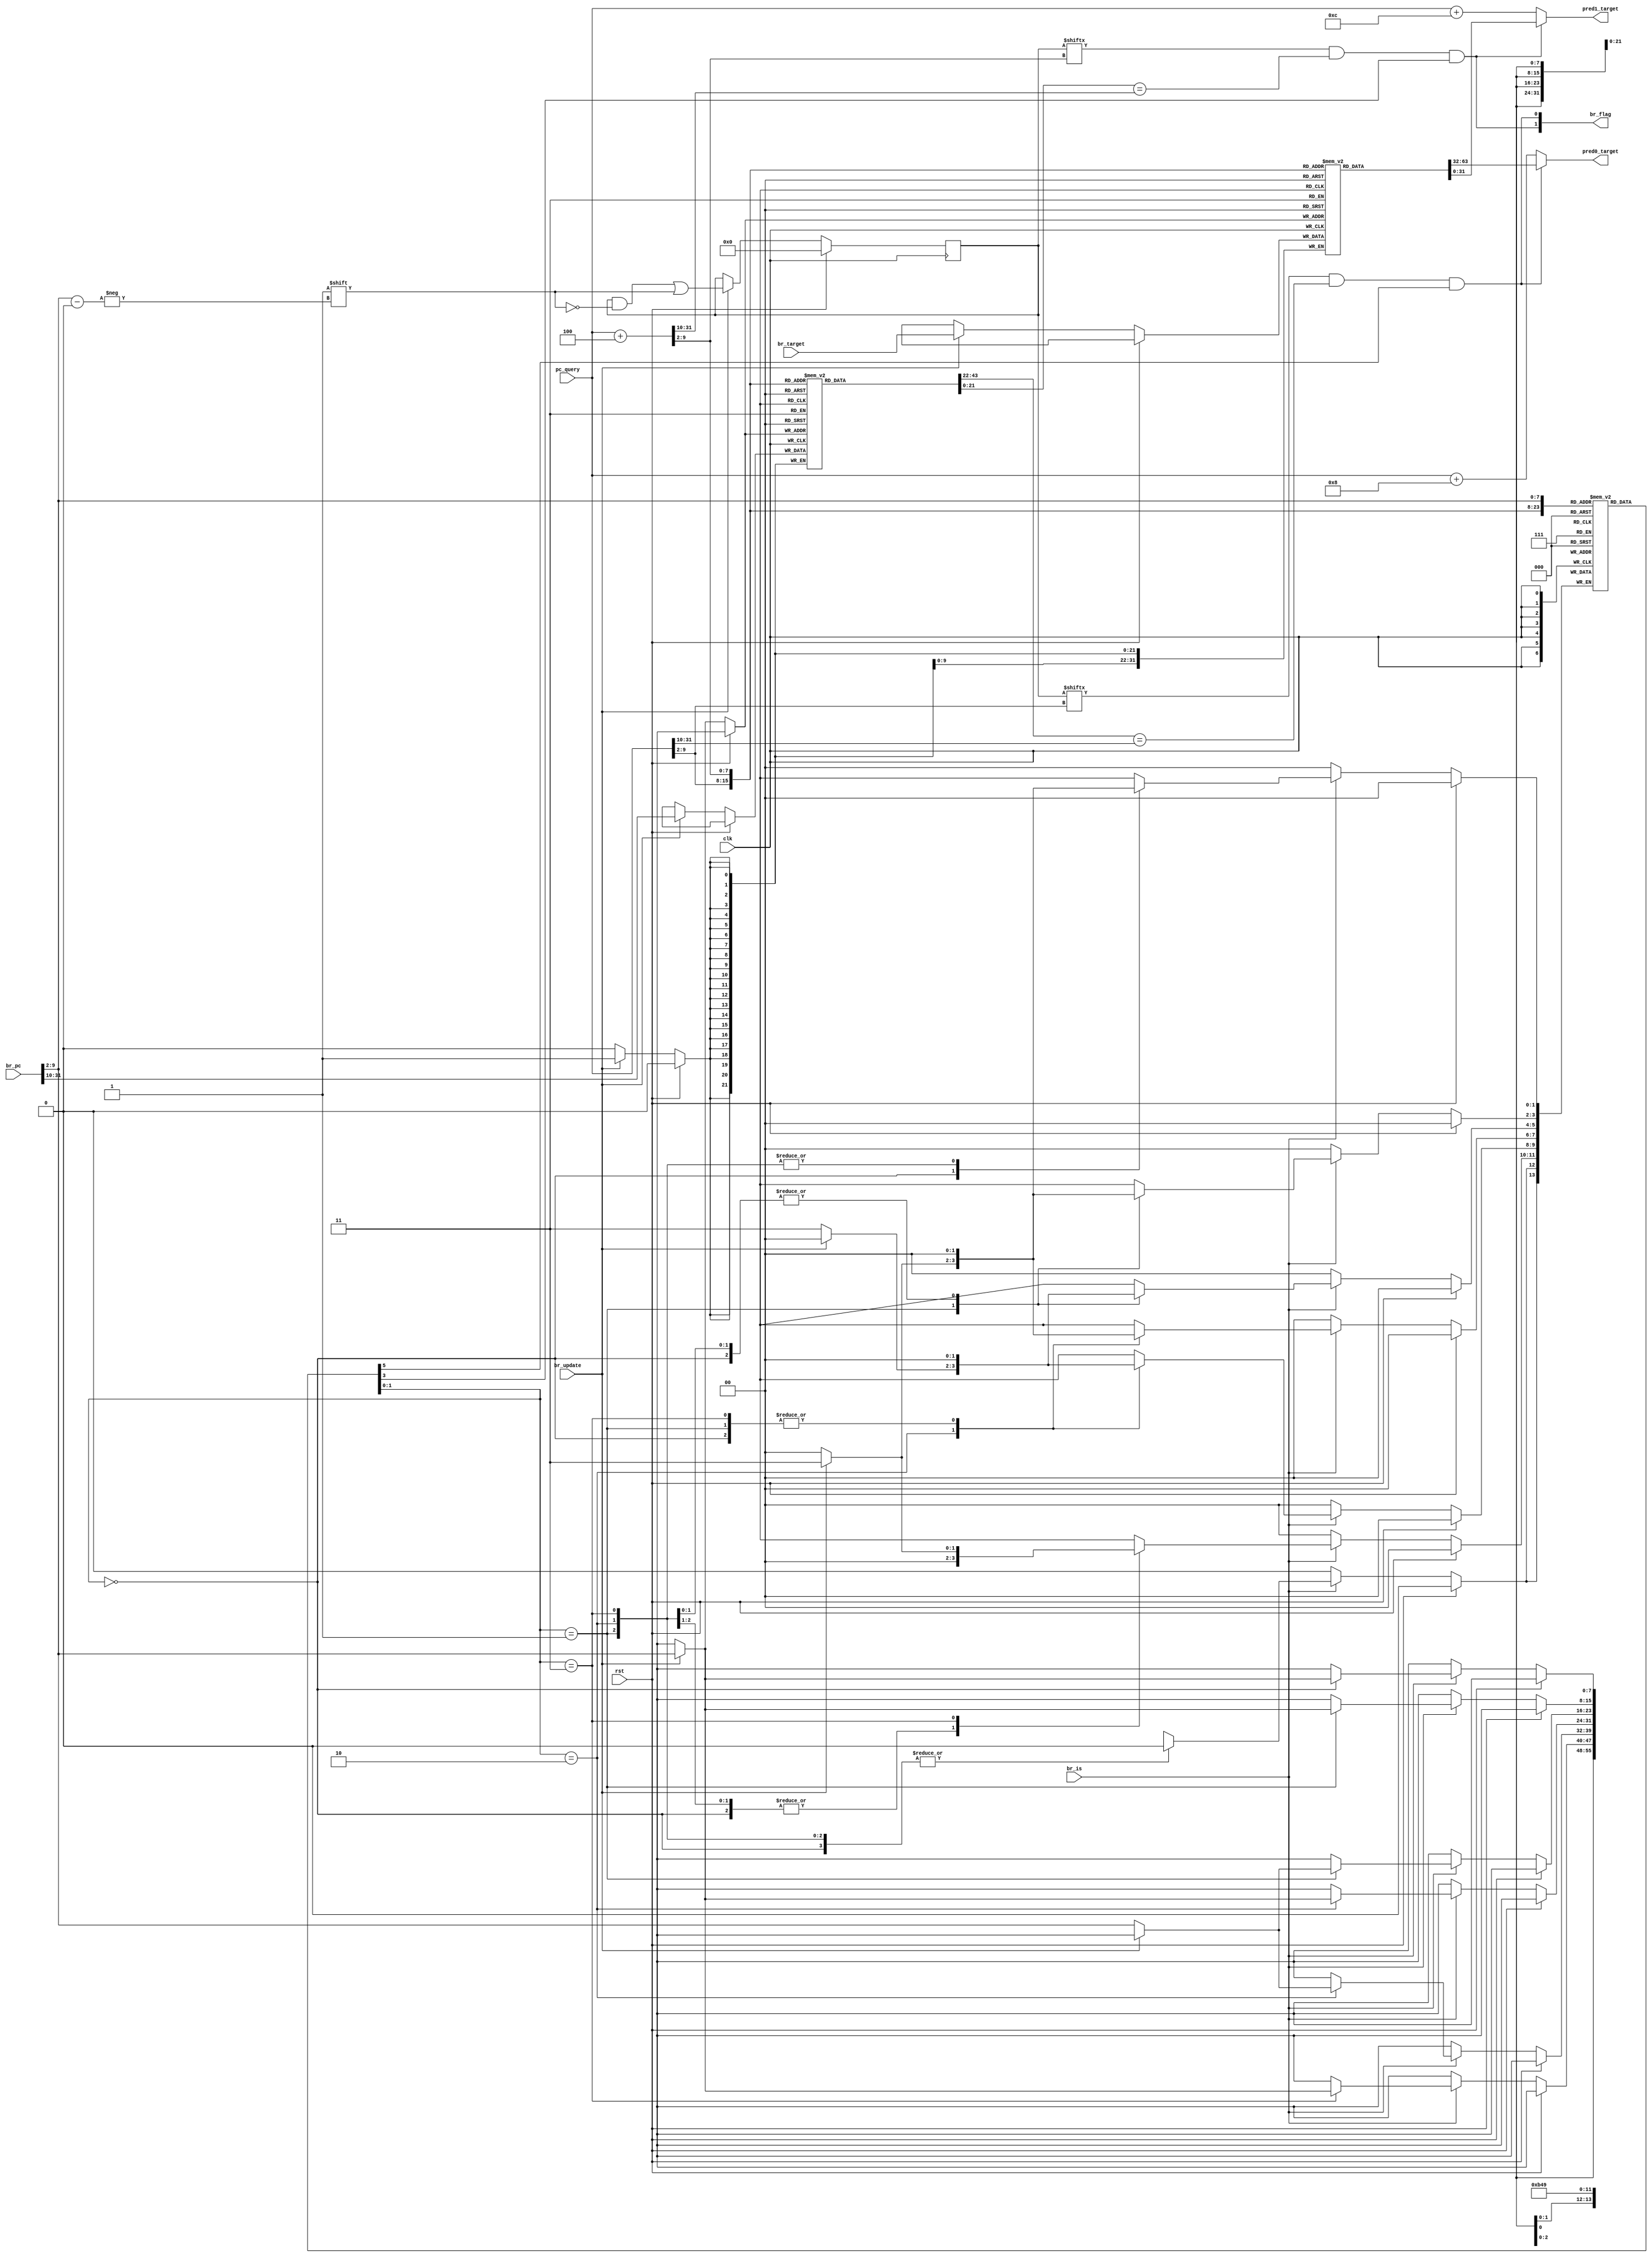
module BHT #(
    parameter index_len= 8,
    parameter tag_len = 32-index_len-2,
    parameter index_size = 1 << index_len
)
(
    input            clk         ,
    input            rst         ,

    //predict
    input  [31:0]    pc_query    ,
    output [1:0]     br_flag     ,
    output [31:0]    pred0_target,
    output [31:0]    pred1_target,

    //update
    input  [31:0]    br_pc       ,
    input  [31:0]    br_target   , 
    input            br_is       ,
    input            br_update
);


reg  [31:0]             br_target_buffer[0:index_size-1];
reg  [tag_len-1:0]      br_tag_buffer[0:index_size-1];
reg  [1:0]              br_status_buffer[0:index_size-1];
reg  [index_size-1:0]   br_valid;


wire [31:0]          pc_query0;
wire [31:0]          pc_query1;

assign               pc_query0 = pc_query;
assign               pc_query1 = pc_query + 4;


wire [index_len-1:0] rindex0_addr;
wire [tag_len-1:0]   rtag0_addr;
wire [index_len-1:0] rindex1_addr;
wire [tag_len-1:0]   rtag1_addr;

wire [index_len-1:0] windex_addr;
wire [tag_len-1:0]   wtag_addr;  

wire                 r_hit0;
wire                 r_hit1;

assign rindex0_addr = pc_query0[31-tag_len:2];
assign rtag0_addr   = pc_query0[31:31-tag_len+1];
assign rindex1_addr = pc_query1[31-tag_len:2];
assign rtag1_addr   = pc_query1[31:31-tag_len+1];

assign windex_addr = br_pc[31-tag_len:2];
assign wtag_addr   = br_pc[31:31-tag_len+1];


//predict
assign r_hit0       = br_valid[rindex0_addr] && (br_tag_buffer[rindex0_addr] == rtag0_addr);
assign r_hit1       = br_valid[rindex1_addr] && (br_tag_buffer[rindex1_addr] == rtag1_addr);
assign pred0_target = r_hit0 & br_status_buffer[rindex0_addr][1] ? br_target_buffer[rindex0_addr] : pc_query+8;
assign pred1_target = r_hit1 & br_status_buffer[rindex1_addr][1] ? br_target_buffer[rindex1_addr] : pc_query+12;

assign br_flag      = { r_hit1 & br_status_buffer[rindex1_addr][1] ,
                        r_hit0 & br_status_buffer[rindex0_addr][1] };

always@(posedge clk)begin
    if(rst)begin
        br_valid <= 0;
    end
    else if(br_update)begin
        br_valid[windex_addr] <= 1'b1;
        br_tag_buffer[windex_addr]    <= wtag_addr;
        br_target_buffer[windex_addr] <= br_target;
    end
end

always@(posedge clk)begin
    if(rst)begin
        
    end
    else begin
        if(br_is)begin
            case(br_status_buffer[windex_addr])
                2'b00:begin
                    if(br_update)  br_status_buffer[windex_addr] <= 2'b01;
                end
                2'b01:begin
                    if(br_update)  br_status_buffer[windex_addr] <= 2'b10;
                    else           br_status_buffer[windex_addr] <= 2'b00;
                end
                2'b10:begin
                    if(br_update)  br_status_buffer[windex_addr] <= 2'b01;
                    else            br_status_buffer[windex_addr] <= 2'b11;
                end
                2'b11:begin
                    if(br_update)  br_status_buffer[windex_addr] <= 2'b10;
                end
                default:            br_status_buffer[windex_addr] <= 2'b01 + {2{br_update}}&2'b01;

            endcase
        end       
    end
end


endmodule

// module BHT #(
//     parameter index_len= 8,
//     parameter tag_len = 32-index_len-2
// )
// (
//     input            clk        ,
//     input            rst        ,

//     input            b_or_j     ,

//     input  [31:0]    pc_query   ,
//     output [31:0]    npc_target ,

//     input  [31:0]    br_pc      ,
//     input  [31:0]    br_target  , 
//     input            br_is_true ,
//     input            br_is      
// );

// reg       [65:0]     write_buffer;
// wire      [31:0]     br_pc_r;
// wire      [31:0]     br_target_r;
// wire                 br_is_r;
// wire                 br_is_true_r;

// assign  {br_pc_r,br_target_r,br_is_r,br_is_true_r} = write_buffer;

// parameter index_size = 1 << index_len;

// reg  [31:0]         npc_target_buffer[0:index_size-1];
// reg  [2:0]          br_status_buffer[0:index_size-1];

// wire                 rmatch;
// wire                 hit;

// wire [index_len-1:0] rindex_addr;


// wire [index_len-1:0] windex_addr;



// assign rindex_addr = pc_query[31-tag_len:2];
// assign windex_addr = br_pc_r[31-tag_len:2];

// assign hit =  b_or_j &br_status_buffer[rindex_addr][1];

// // assign npc_target  = {32{hit}}&npc_target_buffer[rindex_addr] | {32{!hit}}& (pc_query+8);
// assign npc_target = pc_query+8;

// // assign npc_target = b_or_j  ? ((br_status_buffer[rindex_addr] == 2'b10 || br_status_buffer[rindex_addr] == 2'b11 ) ?
// //                               npc_target_buffer[rindex_addr] : pc_query + 8 ):
// //                              pc_query + 8;



// integer k;
// always@(posedge clk)begin
//     if(rst)begin
//         for(k=0;k<index_size;k=k+1)begin
//             br_status_buffer[k]        <= 0;
//         end
//     end
//     else if(br_is_r)begin
//         if(br_is_true_r)begin
//             br_status_buffer[windex_addr] <=  br_status_buffer[windex_addr] + {3{br_status_buffer[windex_addr][1] ~^ br_status_buffer[windex_addr][0]}} & 3'b000 | 
//                                                                               {3{(br_status_buffer[windex_addr][1] & ~br_status_buffer[windex_addr][0])}}&3'b001 |
//                                                                               {3{(~br_status_buffer[windex_addr][1] & br_status_buffer[windex_addr][0])}}&3'b111;
//             // br_status_buffer[windex_addr] <=        (br_status_buffer[windex_addr] == 2'b00 )? 2'b00:
//             //                                         (br_status_buffer[windex_addr] == 2'b01 )? 2'b00:
//             //                                         (br_status_buffer[windex_addr] == 2'b10 )? 2'b11:
//             //                                         2'b11;
//         end 
//         else begin
//             br_status_buffer[windex_addr] <=  br_status_buffer[windex_addr] + {3{br_status_buffer[windex_addr][1] }} & 3'b111 |                                                                  
//                                                                               {3{~br_status_buffer[windex_addr][1]}} & 3'b001 ;

//             // br_status_buffer[windex_addr] <=        (br_status_buffer[windex_addr] == 2'b00 )? 2'b01:
//             //                                         (br_status_buffer[windex_addr] == 2'b01 )? 2'b10:
//             //                                         (br_status_buffer[windex_addr] == 2'b10 )? 2'b01:
//             //                                         2'b10;
//         end       
//     end
// end



// always@(posedge clk)begin
//     if(rst)begin
//         for(k=0;k<index_size;k=k+1)begin
//             npc_target_buffer[k]       <= 0;
//         end
//     end
//     else if(br_is_r && !br_is_true_r)begin
//         npc_target_buffer[windex_addr]    <= br_target_r;
//     end
// end



// always@(posedge clk)begin
//     if(rst)begin    
//         write_buffer <= 0;
//     end
//     else begin
//         write_buffer <= {br_pc,br_target,br_is,br_is_true};
//     end
// end

// endmodule